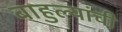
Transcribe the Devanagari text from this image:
बाहुल्यांची